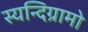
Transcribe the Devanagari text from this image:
स्यन्दिग्रामो